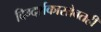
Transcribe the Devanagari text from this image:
दिग्दर्शकासोबतही